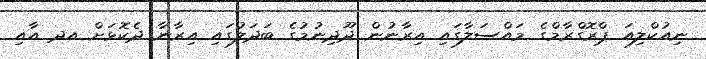
ނިއުކްލިއަ ޕްރޮގްރާމްގެ މައްސަލާގައި އިރާނުން ދޫދިނުމުގެ ބަދަލުގައި އިރާނާ ދެކޮޅަށް އދ އާއި